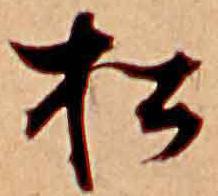
松